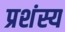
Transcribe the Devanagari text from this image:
प्रशंस्य